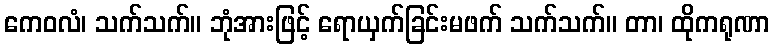
ကေဝလံ၊ သက်သက်။ ဘုံအားဖြင့် ရောယှက်ခြင်းမဖက် သက်သက်။ တာ၊ ထိုကရုဏာ